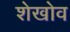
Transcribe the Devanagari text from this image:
शेखोव